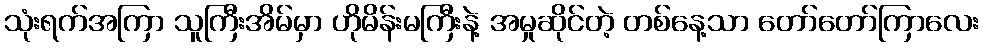
သုံးရက်အကြာ သူကြီးအိမ်မှာ ဟိုမိန်းမကြီးနဲ့ အမှုဆိုင်တဲ့ တစ်နေ့သာ တော်တော်ကြာလေး